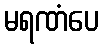
မရဏံပေ